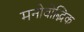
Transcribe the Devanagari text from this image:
मनोवोद्भिक